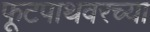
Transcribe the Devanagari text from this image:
फूटपाथवरच्या